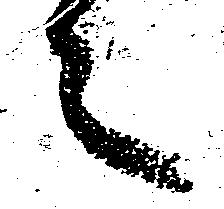
之